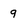
Character: 9